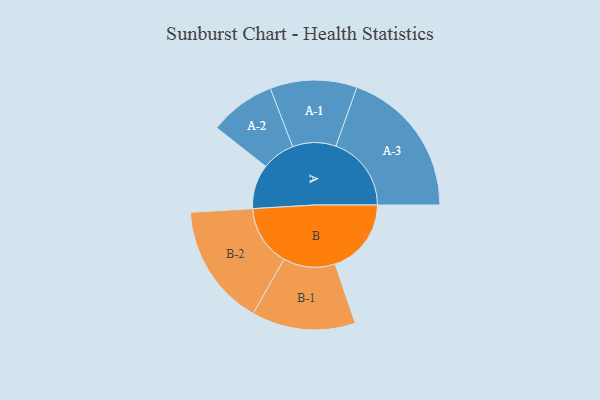
{"axis": {"x": "Segment", "y": "Value"}, "legend": ["", "A", "B"], "data": [{"x": "A", "y": 172, "type": ""}, {"x": "B", "y": 295, "type": ""}, {"x": "A-1", "y": 168, "type": "A"}, {"x": "A-2", "y": 128, "type": "A"}, {"x": "A-3", "y": 292, "type": "A"}, {"x": "B-1", "y": 201, "type": "B"}, {"x": "B-2", "y": 236, "type": "B"}]}